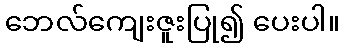
ဘေလ်ကျေးဇူးပြု၍ ပေးပါ။